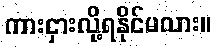
ကားငှားလို့ရနိုင်မလား။